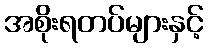
အစိုးရတပ်များနှင့်